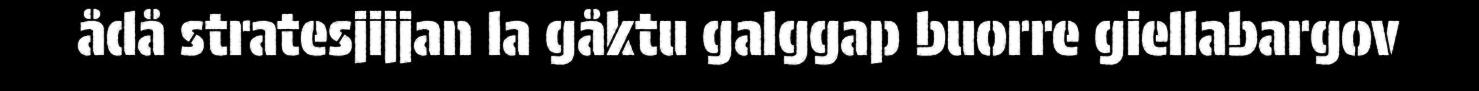
ådå stratesjijjan la gåktu galggap buorre giellabargov